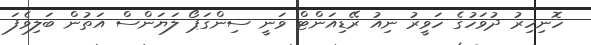
ހޮނިހިރު ދުވަހުގެ ހަވީރު ނިއު ރޭޑިއަންޓް ވަނީ ސިންގަޕޯ ލަޔަންސް އަތުން ބަލިވެފަ